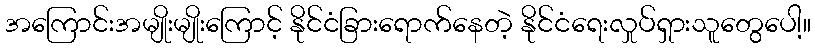
အကြောင်းအမျိုးမျိုးကြောင့် နိုင်ငံခြားရောက်နေတဲ့ နိုင်ငံရေးလှုပ်ရှားသူတွေပေါ့။